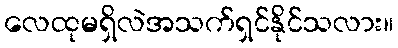
လေထုမရှိလဲအသက်ရှင်နိုင်သလား။